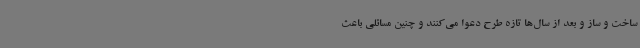
ساخت و ساز و بعد از سال‌ها تازه طرح دعوا می‌کنند و چنین مسائلی باعث